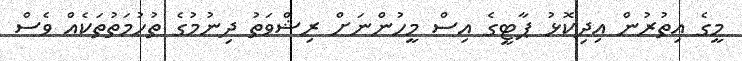
މީގެ އިތުރުން އިދިކޮޅު ޕާޓީގެ އިސް މީހުންނަށް ރިޝްވަތު ދިނުމުގެ ތުހުމަތުތަކެއް ވެސް